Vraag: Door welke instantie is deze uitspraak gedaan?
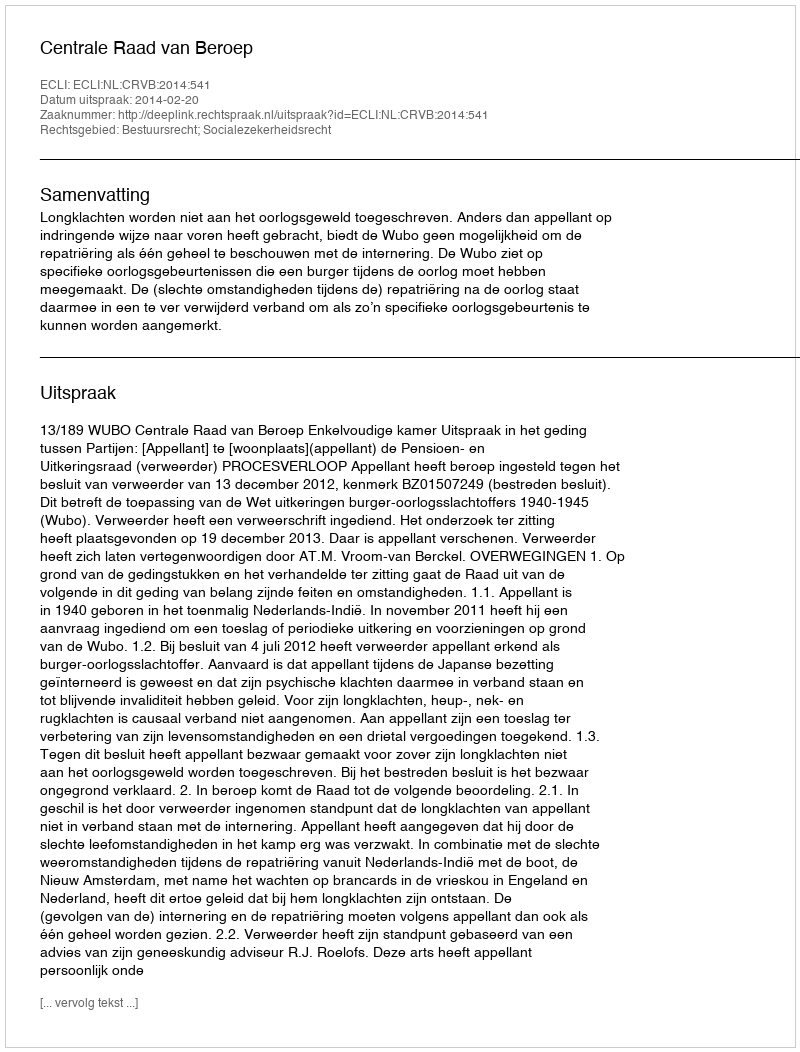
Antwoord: Centrale Raad van Beroep